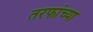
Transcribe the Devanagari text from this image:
तरफांच्या